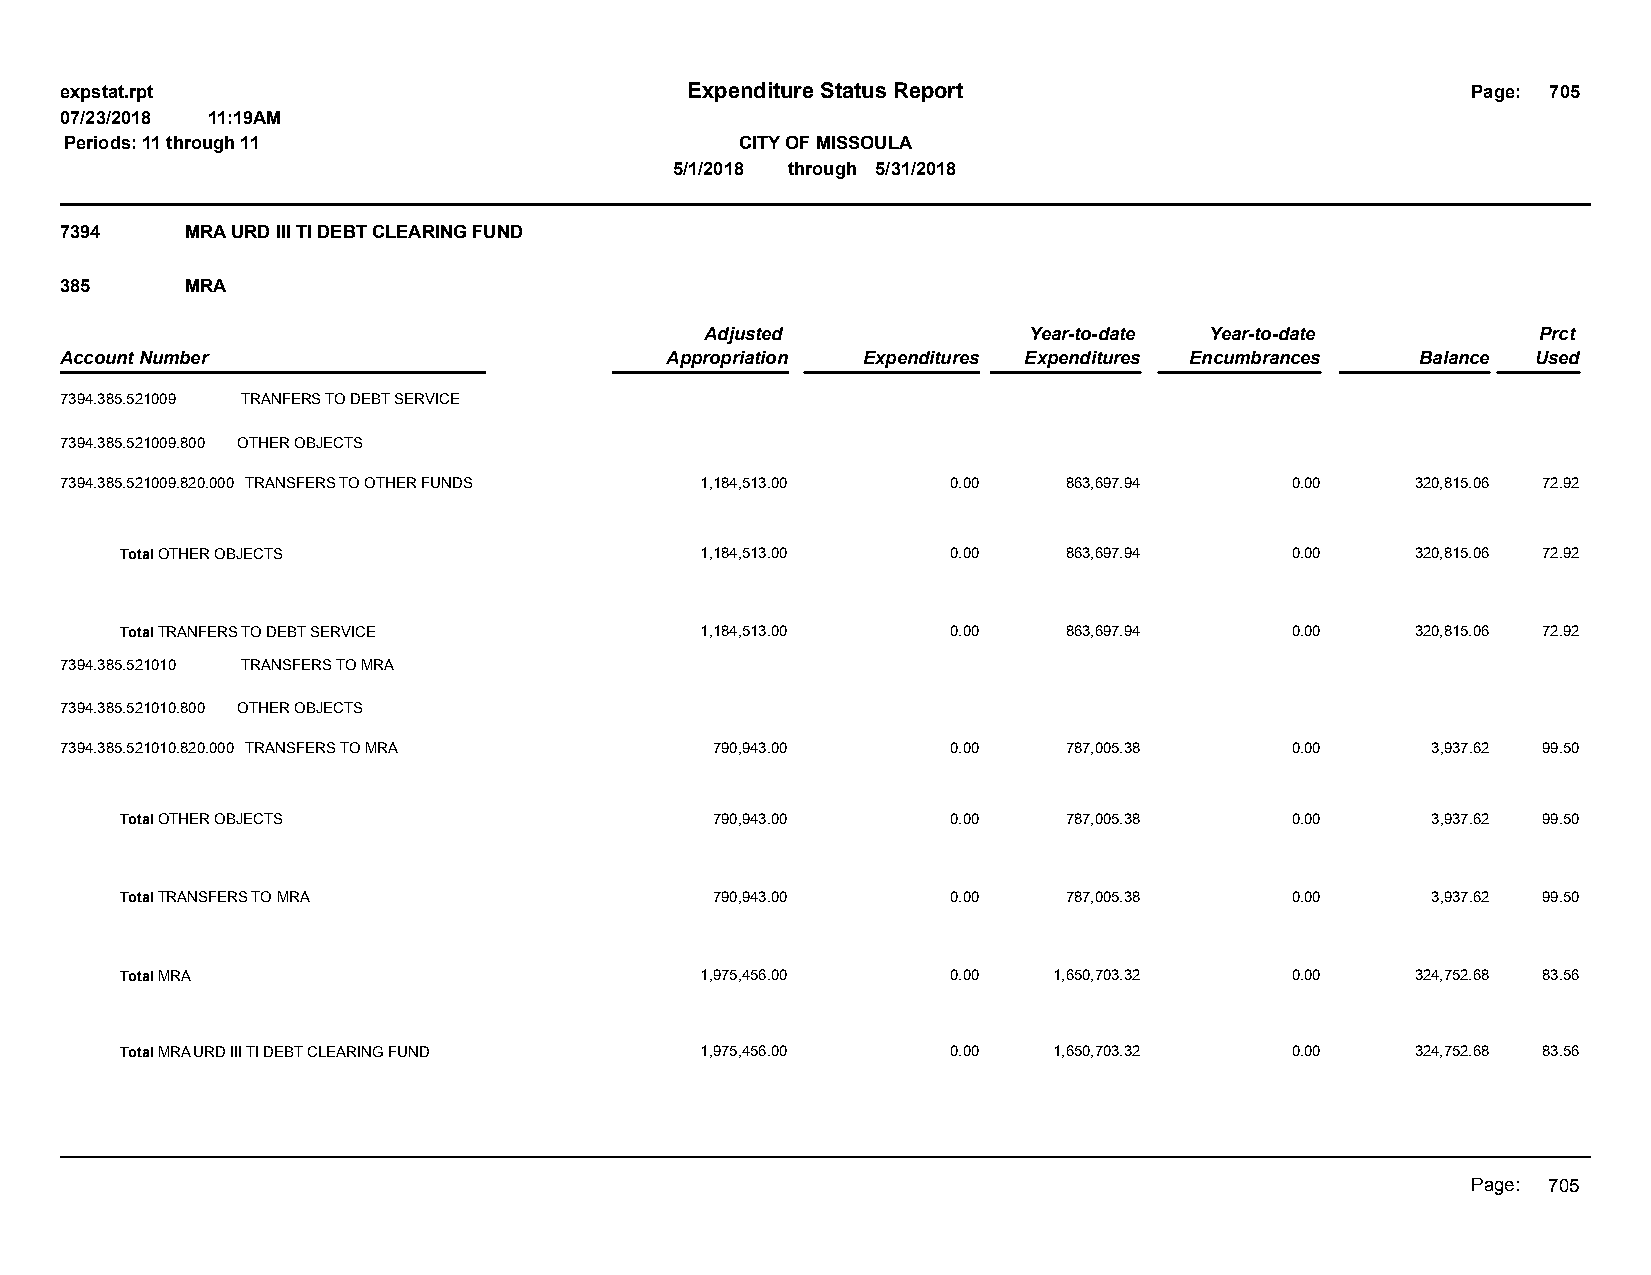
expstat.rpt                              Expenditure Status Report                           Page: 705
 07/23/2018 11:19AM
 Periods: 11 through 11                       CITY OF MISSOULA
 5/1/2018 through 5/31/2018
 7394    MRA URD III TI DEBT CLEARING FUND
 385     MRA
 Adjusted             Year-to-date Year-to-date         Prct
 Account Number                          Appropriation Expenditures Expenditures Encumbrances Balance Used
 7394.385.521009 TRANFERS TO DEBT SERVICE
 7394.385.521009.800 OTHER OBJECTS
 7394.385.521009.820.000 TRANSFERS TO OTHER FUNDS 1,184,513.00 0.00 863,697.94    0.00     320,815.06 72.92
 Total OTHER OBJECTS                   1,184,513.00     0.00    863,697.94    0.00     320,815.06 72.92
 Total TRANFERS TO DEBT SERVICE        1,184,513.00     0.00    863,697.94    0.00     320,815.06 72.92
 7394.385.521010 TRANSFERS TO MRA
 7394.385.521010.800 OTHER OBJECTS
 7394.385.521010.820.000 TRANSFERS TO MRA   790,943.00      0.00    787,005.38    0.00      3,937.62 99.50
 Total OTHER OBJECTS                    790,943.00      0.00    787,005.38    0.00      3,937.62 99.50
 Total TRANSFERS TO MRA                 790,943.00      0.00    787,005.38    0.00      3,937.62 99.50
 Total MRA                             1,975,456.00     0.00   1,650,703.32   0.00     324,752.68 83.56
 Total MRA URD III TI DEBT CLEARING FUND 1,975,456.00   0.00   1,650,703.32   0.00     324,752.68 83.56
 Page: 705